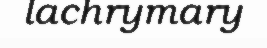
lachrymary